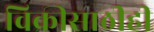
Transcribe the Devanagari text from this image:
विक्रीसाठीही